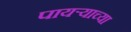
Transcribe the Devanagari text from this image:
पायऱ्याच्या